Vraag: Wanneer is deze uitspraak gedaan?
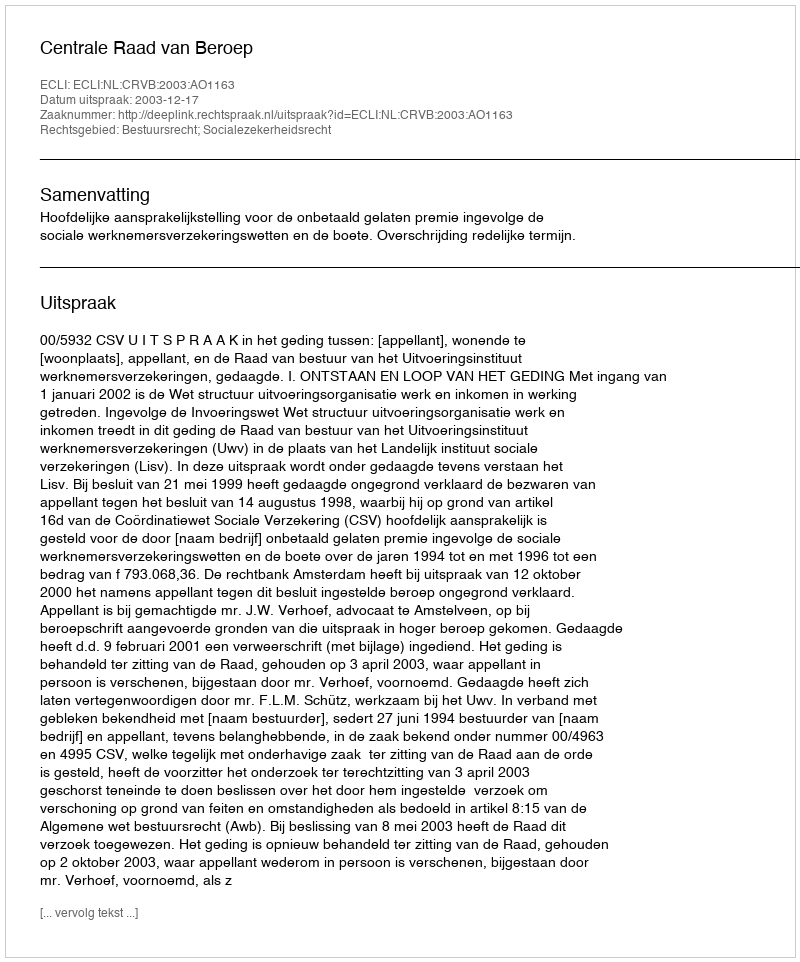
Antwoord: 2003-12-17